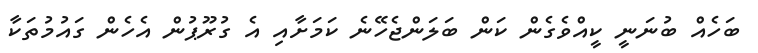
ބަހެއް ބުނަނީ ކީއްވެގެން ކަން ބަލަންޖެހޭނެ ކަމަށާއި އެ ގުރޫޕުން އެހެން ގައުމުތަކާ